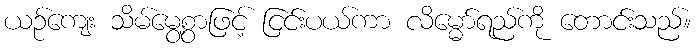
ယဉ်ကျေး သိမ်မွေ့စွာဖြင့် ငြင်းပယ်ကာ လိမ္မော်ရည်ကို တောင်းသည်။